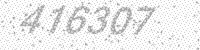
Solution: 416307